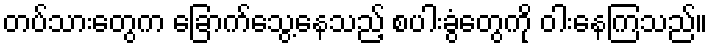
တပ်သားတွေက ခြောက်သွေ့နေသည့် စပါးခွံတွေကို ဝါးနေကြသည်။